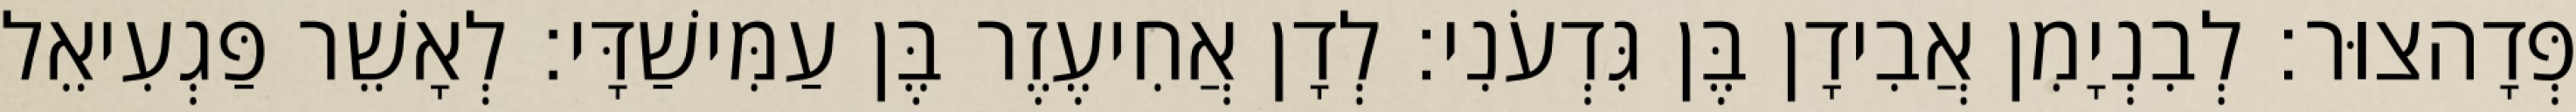
פְּדָהצוּר׃ לְבִנְיָמִן אֲבִידָן בֶּן גִּדְעֹנִי׃ לְדָן אֲחִיעֶזֶר בֶּן עַמִּישַׁדָּי׃ לְאָשֵׁר פַּגְעִיאֵל